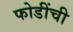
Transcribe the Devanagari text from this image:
फोडींची